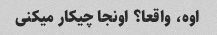
اوه، واقعا؟ اونجا چیکار میکنی